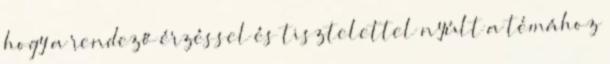
hogy a rendező érzéssel és tisztelettel nyúlt a témához